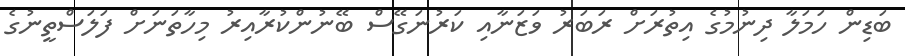
ބަޑިން ހަމަލާ ދިނުމުގެ އިތުރަށް ރަބަރު ވަޒަނާއި ކަރުނަގޭސް ބޭނުންކުރާއިރު މިހާތަނަށް ފަލަސްތީނުގެ